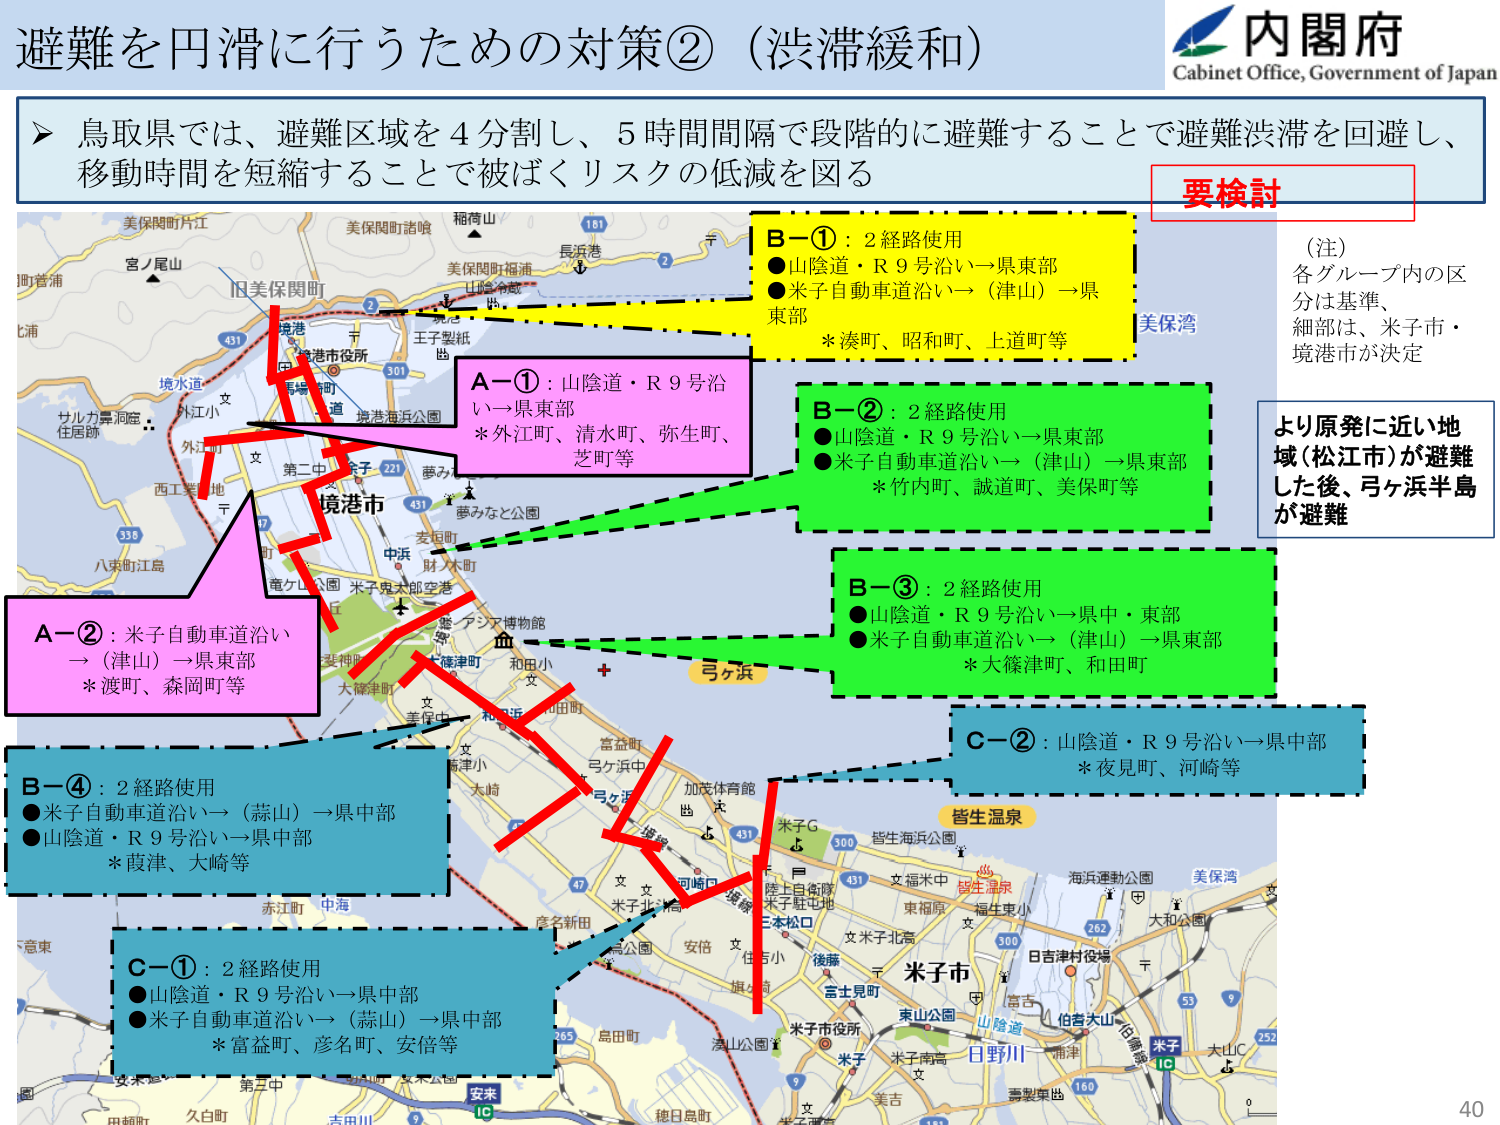
避難を円滑に行うための対策②（渋滞緩和）

内閣府
Cabinet Office, Government of Japan

▶ 鳥取県では、避難区域を4分割し、5時間間隔で段階的に避難することで避難渋滞を回避し、
移動時間を短縮することで被ばくリスクの低減を図る

要検討

（注）
各グループ内の区分は基準、
細部は、米子市・
境港市が決定

より原発に近い地域（松江市）が避難
した後、弓ヶ浜半島が避難

A－①：山陰道・R9号沿い→県東部
*外江町、清水町、弥生町、
芝町等

B－①：2経路使用
●山陰道・R9号沿い→県東部
●米子自動車道沿い→（津山）→県東部
*湊町、昭和町、上道町等

B－②：2経路使用
●山陰道・R9号沿い→県東部
●米子自動車道沿い→（津山）→県東部
*竹内町、誠道町、美保町等

B－③：2経路使用
●山陰道・R9号沿い→県中・東部
●米子自動車道沿い→（津山）→県東部
*大篠津町、和田町

C－②：山陰道・R9号沿い→県中部
*夜見町、河崎等

A－②：米子自動車道沿い
→（津山）→県東部
*渡町、森岡町等

B－④：2経路使用
●米子自動車道沿い→（蒜山）→県中部
●山陰道・R9号沿い→県中部
*葭津、大崎等

C－①：2経路使用
●山陰道・R9号沿い→県中部
●米子自動車道沿い→（蒜山）→県中部
*富益町、彦名町、安倍等

美保関町片江
美保関町諸嶋
稲荷山
長浜港
宮ノ尾山
旧美保関町
美保関町福浦
山陰冷蔵
王子製紙
境港
境港市役所
境港海浜公園
境水道
外江小
外江町
西工業地
八束町江島
サルカ力洞窟
住居跡
第二中
夢み
境港市
中浜
麦垣町
財ノ木町
竜ケ山公園
米子鬼太郎空港
アシア博物館
大篠津町
和田小
和田町
弓ヶ浜
加茂体育館
米子G
皆生海浜公園
皆生温泉
文福米中
東福原
福生東小
文
日吉津村役場
米子市
東山公園
山陰道
伯耆大山
伯耆線
米子
大LIC
海浜運動公園
美保湾
大和公園
262
500
431
451
300
53
7
252
160
10
161
2
431
301
221
47
451
47
赤江町
中海
彦名新田
安倍
住吉小
後藤
宮士見町
米子市役所
米子北
米子南高
美吉
寿製薬
島田町
徳日島町
安来
10
久白町
吉川
安来
10
40

（注）各グループ内の区分は基準、細部は、米子市・境港市が決定